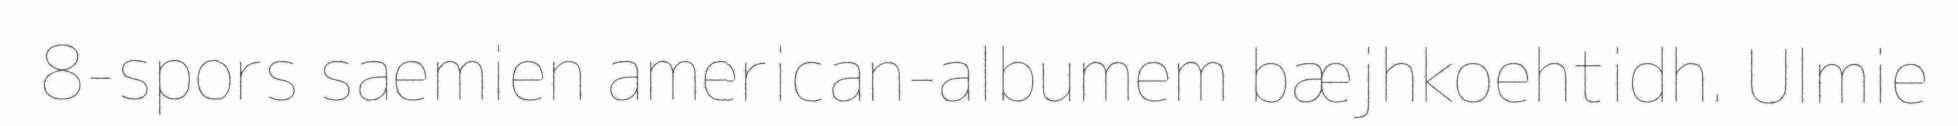
8-spors saemien american-albumem bæjhkoehtidh. Ulmie